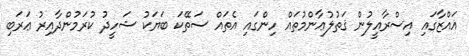
ޣައްޒާގައި އިސްރާއީލުން ޤަތުލުޢާންމުތައް ހިންގައި އެތައް ސަތޭކަ ބަޔަކު ޝަހީދު ކުރަމުންދާއިރު ޢަރަބި